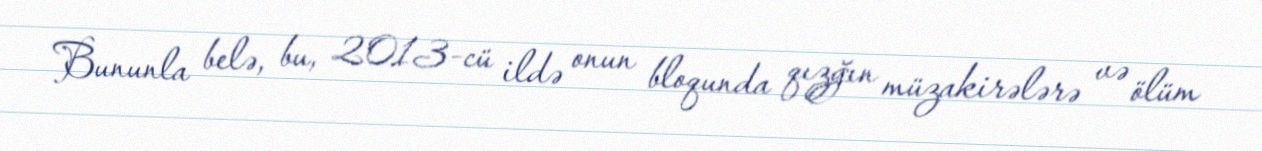
Bununla belə, bu, 2013-cü ildə onun bloqunda qızğın müzakirələrə və ölüm